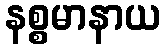
နစ္စမာနာယ